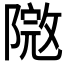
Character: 𨻮